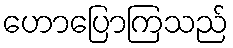
ဟောပြောကြသည်